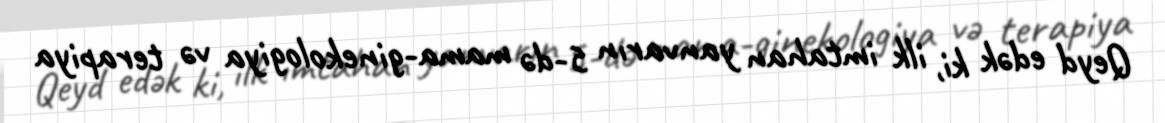
Qeyd edək ki, ilk imtahan yanvarın 5-də mama-ginekologiya və terapiya